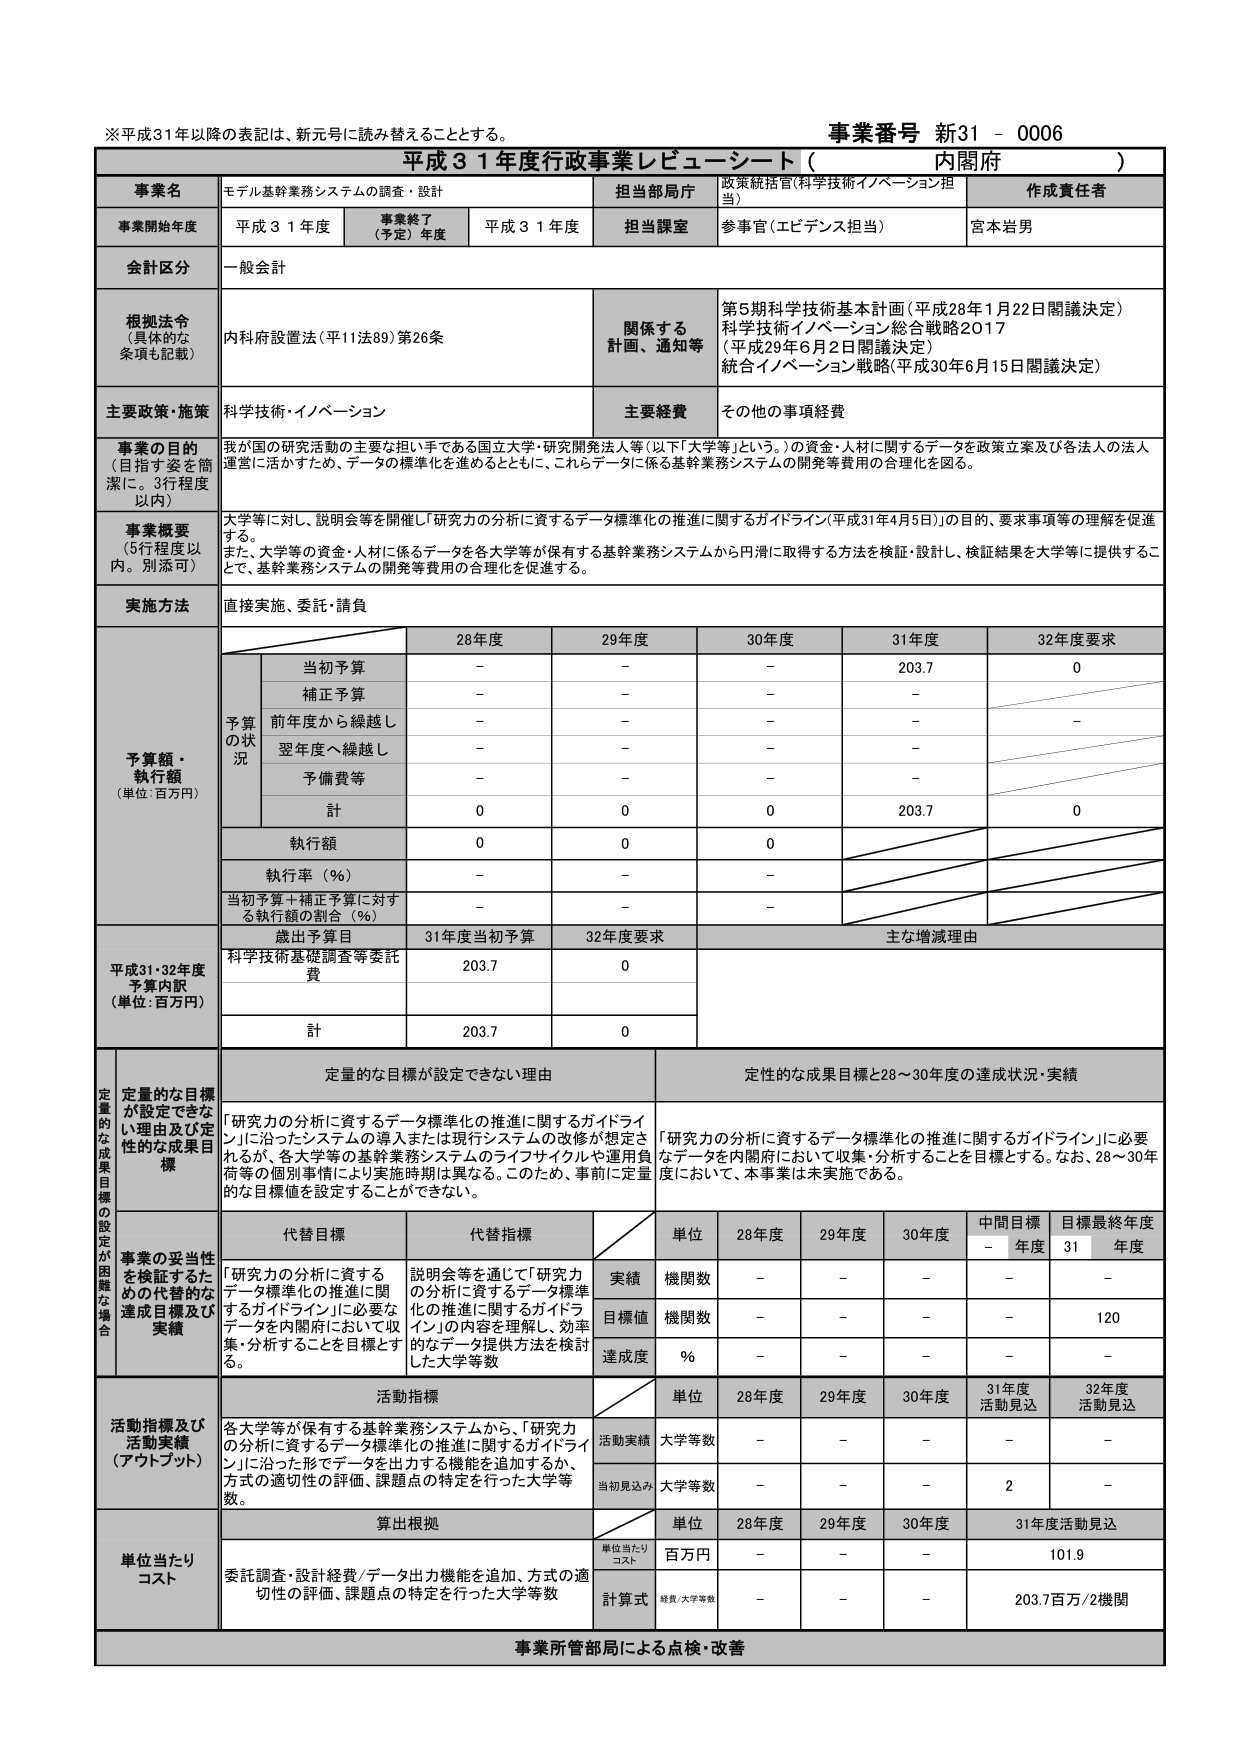
※平成31年以降の表記は、新元号に読み替えることとする。
事業番号 新31 - 0006
平成31年度行政事業レビュー・シート（内閣府）

事業名 モデル基幹業務システムの調査・設計
担当部局庁 政策統括官（科学技術イノベーション担当）
作成責任者 宮本岩男

事業開始年度 平成31年度
事業終了（予定）年度 平成31年度
担当課室 参事官（エビデンス担当）

会計区分 一般会計

根拠法令（具体的な条項も記載） 内府設置法（平11法89）第26条
関係する計画・通知等 第5期科学技術基本計画（平成28年1月22日閣議決定）
科学技術イノベーション総合戦略2017（平成29年6月2日閣議決定）
統合イノベーション戦略（平成30年6月15日閣議決定）

主要政策・施策 科学技術・イノベーション
主要経費 その他の事務経費

事業の目的（目指す姿を簡潔に。3行程度以内）
我が国の研究活動の主要な担い手である国立大学・研究開発法人等（以下「大学等」という。）の資金・人材に関するデータを政策立案及び各法人の法人運営に活かすため、データの標準化を進めるとともに、これらデータに係る基幹業務システムの開発等費用の合理化を図る。

事業概要（5行程度以内。別添可）
大学等に対し、説明会等を開催し「研究力の分析に資するデータ標準化の推進に関するガイドライン（平成31年4月5日）」の目的、要求事項等の理解を促進する。
また、大学等の資金・人材に係るデータを各大学等が保有する基幹業務システムから円滑に取得する方法を検証・設計し、検証結果を大学等に提供することで、基幹業務システムの開発等費用の合理化を促進する。

実施方法 直接実施、委託・請負

予算額・執行額（単位：百万円）
28年度 29年度 30年度 31年度 32年度要求
当初予算 - - - 203.7 0
補正予算 - - - -
前年度から繰越し - - - - -
翌年度へ繰越し - - - -
予備費等 - - - -
計 0 0 0 203.7 0
執行額 0 0 0
執行率（％） - - -
当初予算＋補正予算に対する執行額の割合（％） - - -

歳出予算目
平成31・32年度予算内訳（単位：百万円）
31年度当初予算 32年度要求 主な増減理由
科学技術基礎調査等委託費 203.7 0
計 203.7 0

定量的な目標が設定できない理由及び定性的な成果目標
「研究力の分析に資するデータ標準化の推進に関するガイドライン」に沿ったシステムの導入または現行システムの改修が想定されるが、各大学等の基幹業務システムのライフサイクルや運用負荷等の個別事情により実施時期は異なる。このため、事前に定量的な目標値を設定することができない。

定性的な成果目標と28～30年度の達成状況・実績
「研究力の分析に資するデータ標準化の推進に関するガイドライン」に必要なデータを内閣府において収集・分析することを目標とする。なお、28～30年度において、本事業は未実施である。

代替目標 代替指標
「研究力の分析に資するデータ標準化の推進に関するガイドライン」に必要なデータを内閣府において収集・分析することを目標とする。
説明会等を通じて「研究力の分析に資するデータ標準化の推進に関するガイドライン」の内容を理解し、効率的なデータ提供方法を検討した大学等数

単位 28年度 29年度 30年度 中間目標年度 目標最終年度31年度
実績 機関数 - - - - -
目標値 機関数 - - - - 120
達成度 ％ - - - - -

活動指標及び活動実績（アウトプット）
各大学等が保有する基幹業務システムから、「研究力の分析に資するデータ標準化の推進に関するガイドライン」に沿った形でデータを出力する機能を追加するか、方式の適切性の評価、課題点の特定を行った大学等数。

単位 28年度 29年度 30年度 31年度活動見込 32年度活動見込
活動実績 大学等数 - - - - -
当初見込み 大学等数 - - - 2 -

単位当たりコスト
委託調査・設計経費／データ出力機能を追加、方式の適切性の評価、課題点の特定を行った大学等数

単位 28年度 29年度 30年度 31年度活動見込
単位当たりコスト 百万円 - - - 101.9
計算式 経費／大学等数 - - - 203.7百万／2機関

事業所管部局による点検・改善